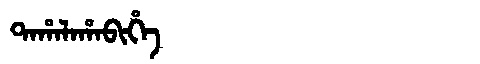
Manchu: ᡨᠠᡥᠠᠯᠠᡥᠠᠪᡳᡥᡝ
Romanization: TAHALAHABIHE